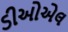
ડીઓએલ